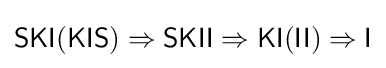
{\mathsf {SKI(KIS)}}\Rightarrow {\mathsf {SKII}}\Rightarrow {\mathsf {KI(II)}}\Rightarrow {\mathsf {I}}